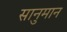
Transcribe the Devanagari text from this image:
सानुमान